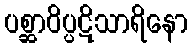
ပစ္ဆာဝိပ္ပဋိသာရိနော